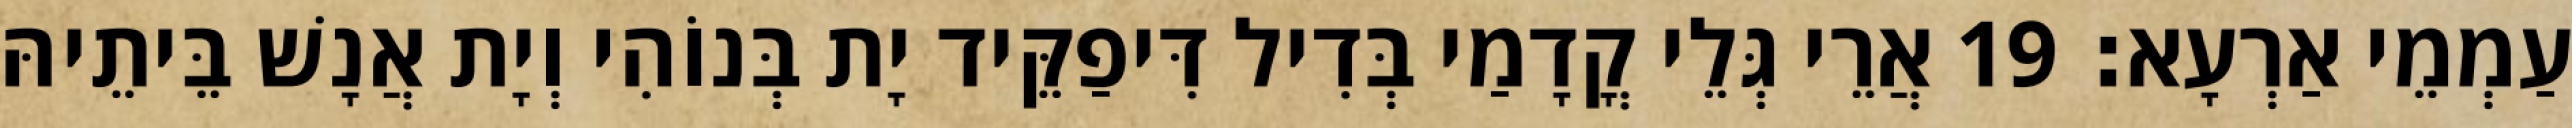
עַמְמֵי אַרְעָא׃ 19 אֲרֵי גְּלֵי קֳדָמַי בְּדִיל דִּיפַקֵּיד יָת בְּנוֹהִי וְיָת אֲנָשׁ בֵּיתֵיהּ